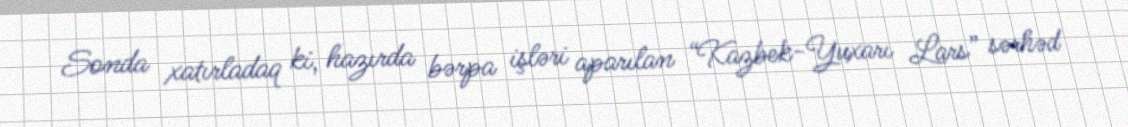
Sonda xatırladaq ki, hazırda bərpa işləri aparılan “Kazbek-Yuxarı Lars” sərhəd